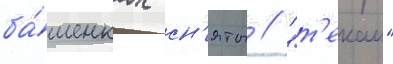
ба́шенках сн'яты // "т'екаи"